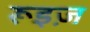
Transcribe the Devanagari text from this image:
रूइज़